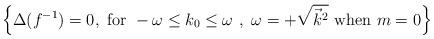
LaTeX: \begin{align*}\left\{ \Delta(f^{-1})=0,~\mbox{for}~-\omega\le k_0\le\omega~,~\omega=+\sqrt{\vec{k}^2} ~\mbox{when}~ m=0 \right\}\end{align*}